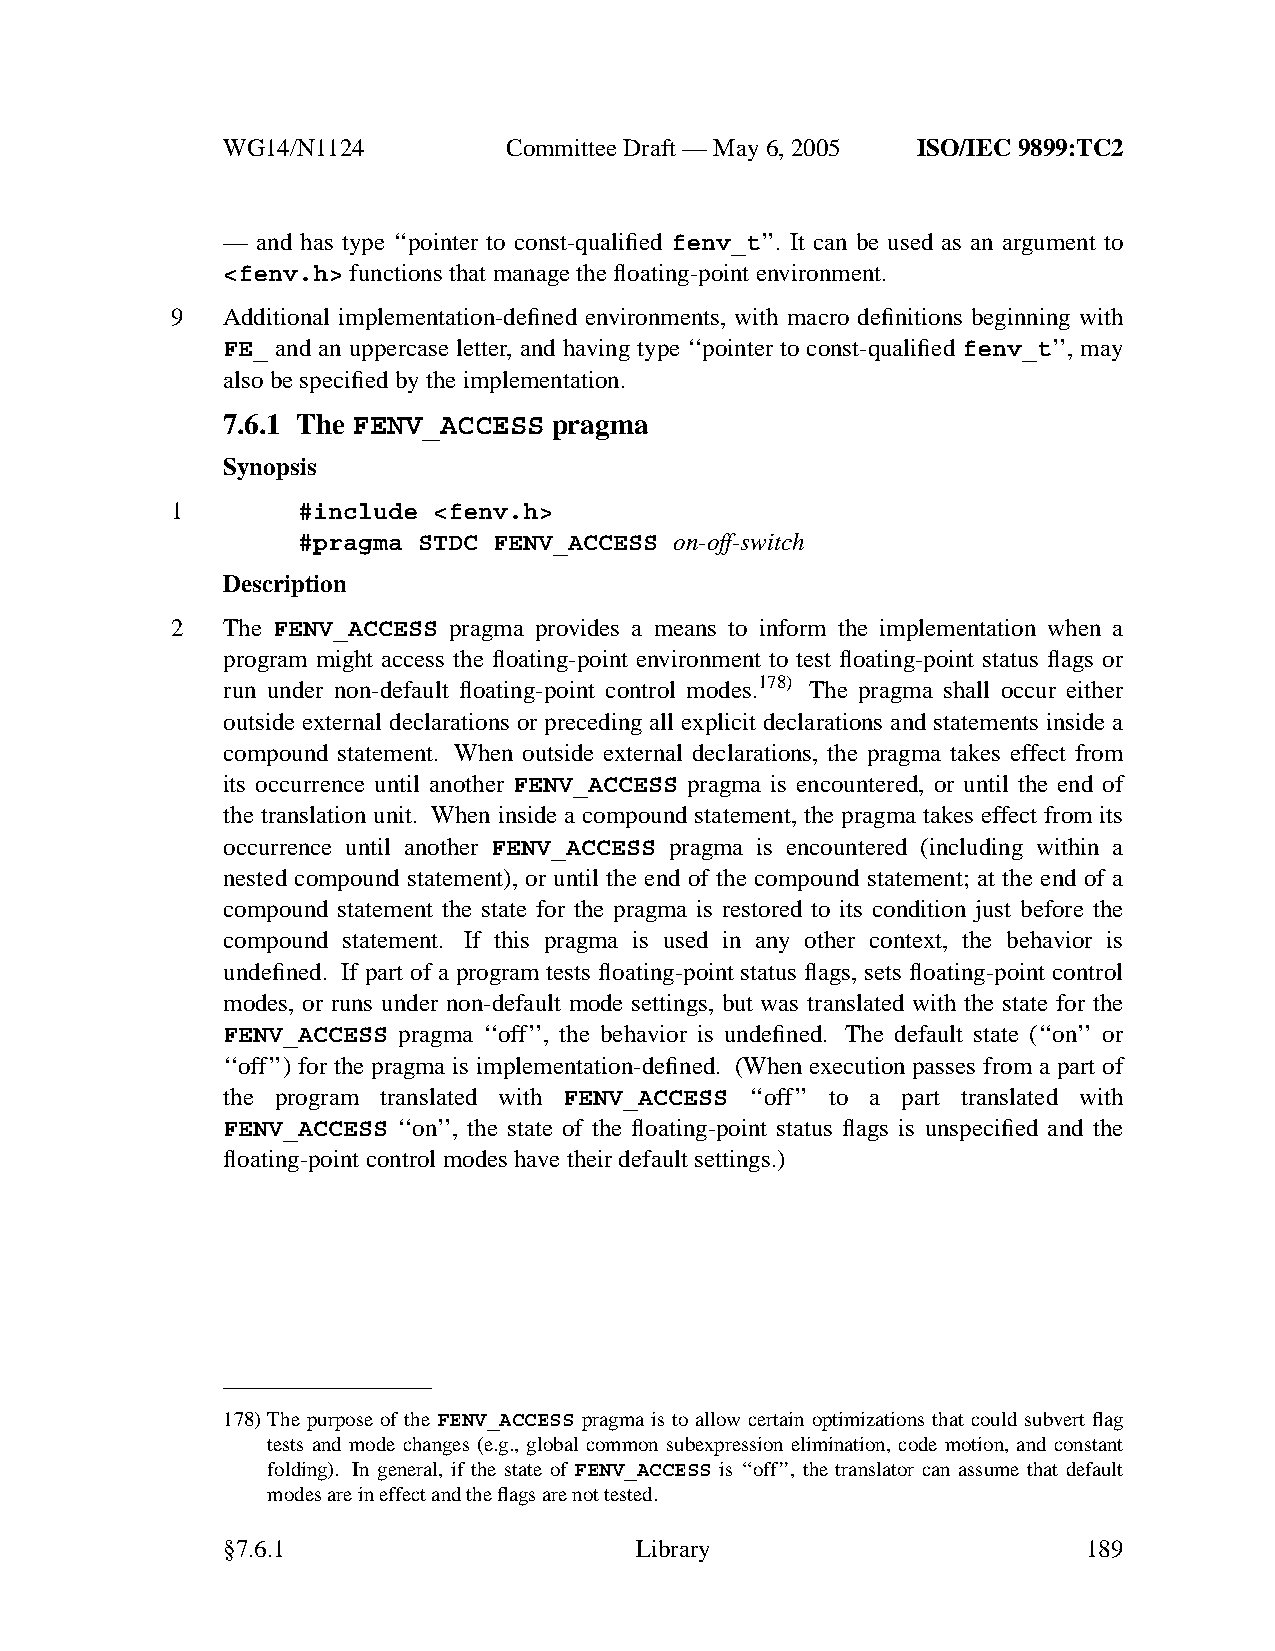
WG14/N1124        CommitteeDraft — May 6, 2005 ISO/IEC 9899:TC2
 — and has type ‘‘pointer to const-qualified fenv_t’’. It can be used as an argument to
 <fenv.h> functions that manage the floating-point environment.
 9   Additional implementation-defined environments, with macro definitions beginning with
 FE_ and an uppercase letter, and having type ‘‘pointer to const-qualified fenv_t’’, may
 also be specified by the implementation.
 7.6.1 The FENV_ACCESS pragma
 Synopsis
 1        #include <fenv.h>
 #pragma STDC FENV_ACCESS on-off-switch
 Description
 2   The FENV_ACCESS pragma provides a means to inform the implementation when a
 program might access the floating-point environment to test floating-point status flags or
 run under non-default floating-point control modes.178) The pragma shall occur either
 outside external declarations or preceding all explicit declarations and statements inside a
 compound statement. When outside external declarations, the pragma takes effect from
 its occurrence until another FENV_ACCESS pragma is encountered, or until the end of
 the translation unit. When inside a compound statement, the pragma takes effect from its
 occurrence until another FENV_ACCESS pragma is encountered (including within a
 nested compound statement), or until the end of the compound statement; at the end of a
 compound statement the state for the pragma is restored to its condition just before the
 compound statement. If this pragma is used in any other context, the behavior is
 undefined. If part of a program tests floating-point status flags, sets floating-point control
 modes, or runs under non-default mode settings, but was translated with the state for the
 FENV_ACCESS pragma ‘‘off’’, the behavior is undefined. The default state (‘‘on’’ or
 ‘‘off’’) for the pragma is implementation-defined. (When execution passes from a part of
 the program translated with FENV_ACCESS ‘‘off’’ to a part translated with
 FENV_ACCESS ‘‘on’’, the state of the floating-point status flags is unspecified and the
 floating-point control modes have their default settings.)
 178)The purpose of the FENV_ACCESS pragma is to allow certain optimizations that could subvert flag
 tests and mode changes (e.g., global common subexpression elimination, code motion, and constant
 folding). In general, if the state of FENV_ACCESS is ‘‘off’’, the translator can assume that default
 modes are in effect and the flags are not tested.
 §7.6.1                     Library                       189